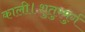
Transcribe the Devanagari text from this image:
काली।शुतुरमुर्ग